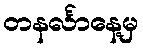
တနင်္လာနေ့မှ